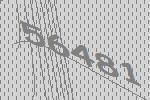
56481